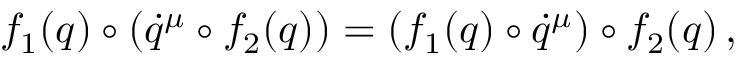
f _ { 1 } ( q ) \circ ( \dot { q } ^ { \mu } \circ f _ { 2 } ( q ) ) = ( f _ { 1 } ( q ) \circ \dot { q } ^ { \mu } ) \circ f _ { 2 } ( q ) \, ,